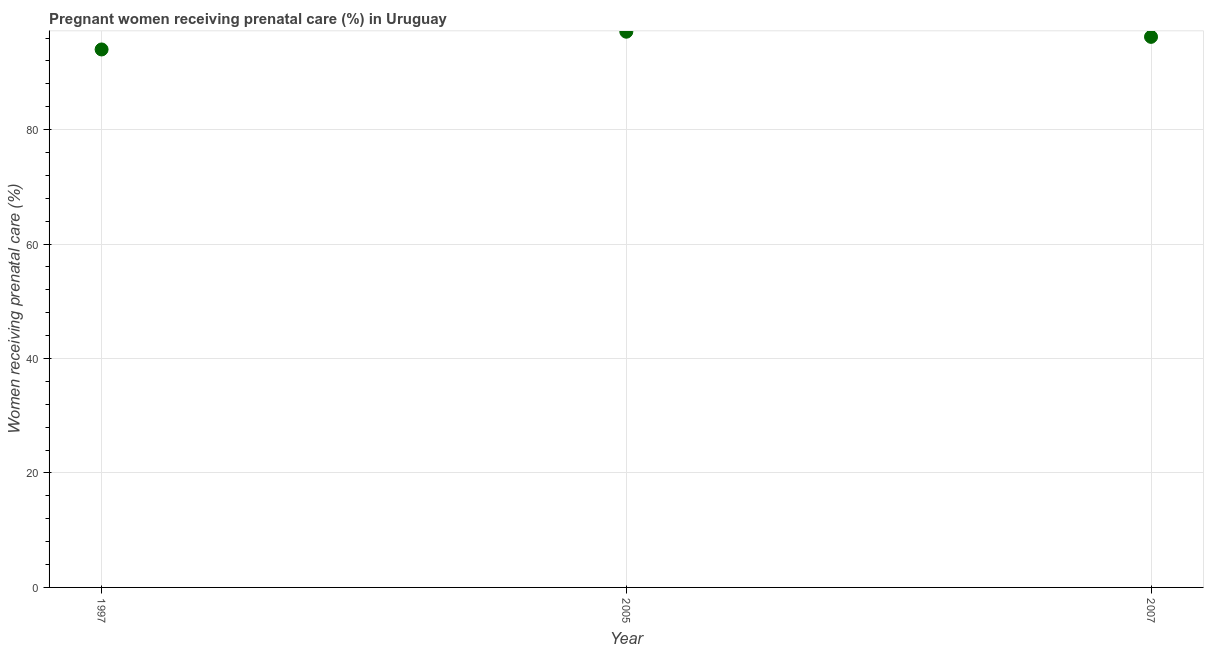
| Year | Pregnant women receiving prenatal care |
 | --- | --- |
 | 1997 | 94 |
 | 2005 | 97.1 |
 | 2007 | 96.2 |